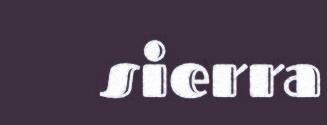
sierra